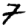
Digit: 7